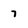
Character: 7